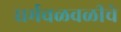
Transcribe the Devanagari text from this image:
धर्मचळवळीचे